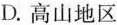
D.高山地区